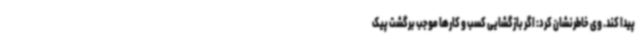
پیدا کند. وی خاطرنشان کرد: اگر بازگشایی کسب و کارها موجب برگشت پیک